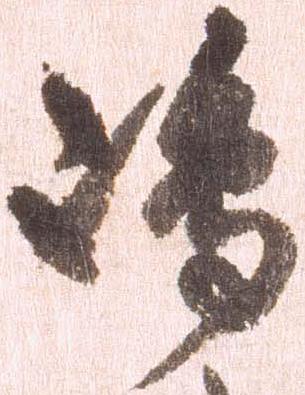
嶋